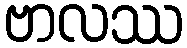
ဗာလဿ